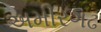
અમીરગઢ